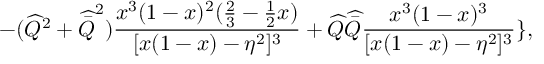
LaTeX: - ( \widehat { Q } ^ { 2 } + \widehat { \bar { Q } } ^ { 2 } ) \frac { x ^ { 3 } ( 1 - x ) ^ { 2 } ( \frac 2 3 - \frac 1 2 x ) } { [ x ( 1 - x ) - \eta ^ { 2 } ] ^ { 3 } } + \widehat { Q } \widehat { \bar { Q } } \frac { x ^ { 3 } ( 1 - x ) ^ { 3 } } { [ x ( 1 - x ) - \eta ^ { 2 } ] ^ { 3 } } \} ,